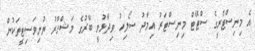
އެ މިނިސްޓްރީގެ ސްޓޭޓް މިނިސްޓަރު އިމާދު ސޯލިހު ވިދާޅުވީ ބޭރުގެ މަޝްހޫރު ޔުނިވަސިޓީތަކުން